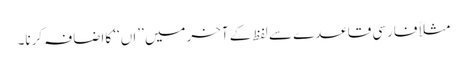
مثلاً فارسی قاعدے سے لفظ کے آخرمیں ’’اں‘‘ کااضافہ کرنا۔